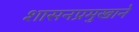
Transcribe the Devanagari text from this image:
शासनप्रमुखाने